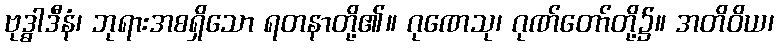
ဗုဒ္ဓါဒီနံ၊ ဘုရားအစရှိသော ရတနာတို့၏။ ဂုဏေသု၊ ဂုဏ်တော်တို့၌။ အတိဝိယ၊